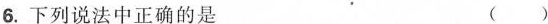
6.下列说法中正确的是 ()